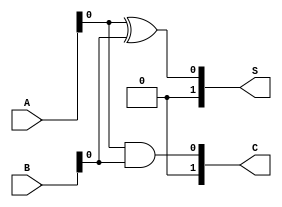
module current_mode_half_adder (
    input wire [1:0] A,  // Current input A (2-bit representation for current)
    input wire [1:0] B,  // Current input B (2-bit representation for current)
    output wire [1:0] S, // Current output S (Sum)
    output wire [1:0] C  // Current output C (Carry)
);

// Internal signals for current representation
wire A_current;
wire B_current;

// Assigning current levels from input
assign A_current = A[0]; // Assuming A[0] represents the current level for A
assign B_current = B[0]; // Assuming B[0] represents the current level for B

// Sum (S) using XOR logic
assign S[0] = A_current ^ B_current; // Sum output (S) - A XOR B

// Carry (C) using AND logic
assign C[0] = A_current & B_current; // Carry output (C) - A AND B

// Output stage (assuming ideal current outputs)
assign S[1] = 0; // Placeholder for higher bit if needed
assign C[1] = 0; // Placeholder for higher bit if needed

endmodule